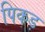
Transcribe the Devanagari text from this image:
पिकड़